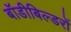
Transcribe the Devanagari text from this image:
बॉडीबिल्डरों